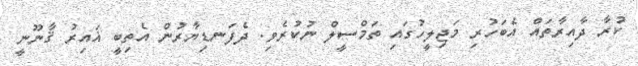
ކުރާ ދާއިރާތައް އެބަހުރި މަޖިލީހުގައި ތަމްސީލް ނުކުރެވި. ދެފަނޑިޔާރުން އެތިބީ ޣައިރު ޤާނޫނީ